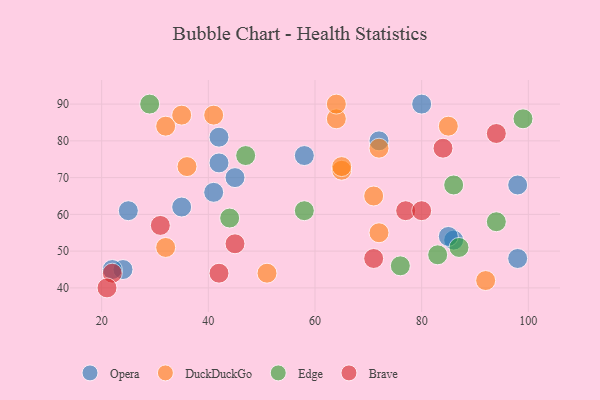
{"axis": {"x": "GDP", "y": "Life Expectancy"}, "legend": ["Brave", "DuckDuckGo", "Edge", "Opera"], "data": [{"x": "24", "y": 45, "type": "Opera"}, {"x": "80", "y": 90, "type": "Opera"}, {"x": "72", "y": 80, "type": "Opera"}, {"x": "58", "y": 76, "type": "Opera"}, {"x": "25", "y": 61, "type": "Opera"}, {"x": "42", "y": 74, "type": "Opera"}, {"x": "42", "y": 81, "type": "Opera"}, {"x": "98", "y": 48, "type": "Opera"}, {"x": "22", "y": 45, "type": "Opera"}, {"x": "98", "y": 68, "type": "Opera"}, {"x": "41", "y": 66, "type": "Opera"}, {"x": "86", "y": 53, "type": "Opera"}, {"x": "85", "y": 54, "type": "Opera"}, {"x": "35", "y": 62, "type": "Opera"}, {"x": "45", "y": 70, "type": "Opera"}, {"x": "72", "y": 78, "type": "DuckDuckGo"}, {"x": "64", "y": 86, "type": "DuckDuckGo"}, {"x": "85", "y": 84, "type": "DuckDuckGo"}, {"x": "32", "y": 84, "type": "DuckDuckGo"}, {"x": "92", "y": 42, "type": "DuckDuckGo"}, {"x": "65", "y": 72, "type": "DuckDuckGo"}, {"x": "65", "y": 73, "type": "DuckDuckGo"}, {"x": "51", "y": 44, "type": "DuckDuckGo"}, {"x": "41", "y": 87, "type": "DuckDuckGo"}, {"x": "71", "y": 65, "type": "DuckDuckGo"}, {"x": "72", "y": 55, "type": "DuckDuckGo"}, {"x": "64", "y": 90, "type": "DuckDuckGo"}, {"x": "35", "y": 87, "type": "DuckDuckGo"}, {"x": "32", "y": 51, "type": "DuckDuckGo"}, {"x": "36", "y": 73, "type": "DuckDuckGo"}, {"x": "58", "y": 61, "type": "Edge"}, {"x": "87", "y": 51, "type": "Edge"}, {"x": "47", "y": 76, "type": "Edge"}, {"x": "99", "y": 86, "type": "Edge"}, {"x": "86", "y": 68, "type": "Edge"}, {"x": "44", "y": 59, "type": "Edge"}, {"x": "29", "y": 90, "type": "Edge"}, {"x": "94", "y": 58, "type": "Edge"}, {"x": "76", "y": 46, "type": "Edge"}, {"x": "83", "y": 49, "type": "Edge"}, {"x": "77", "y": 61, "type": "Brave"}, {"x": "80", "y": 61, "type": "Brave"}, {"x": "84", "y": 78, "type": "Brave"}, {"x": "71", "y": 48, "type": "Brave"}, {"x": "22", "y": 44, "type": "Brave"}, {"x": "94", "y": 82, "type": "Brave"}, {"x": "45", "y": 52, "type": "Brave"}, {"x": "21", "y": 40, "type": "Brave"}, {"x": "31", "y": 57, "type": "Brave"}, {"x": "42", "y": 44, "type": "Brave"}]}